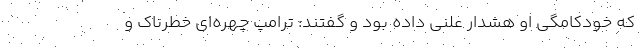
که خودکامگی او هشدار علنی داده بود و گفتند: ترامپ چهره‌ای خطرناک و